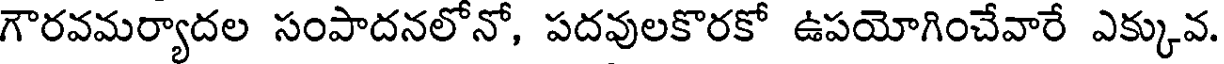
గౌరవమర్యాదల సంపాదనలోనో, పదవులకొరకో ఉపయోగించేవారే ఎక్కువ